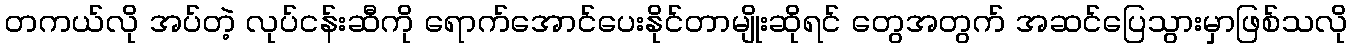
တကယ်လို အပ်တဲ့ လုပ်ငန်းဆီကို ရောက်အောင်ပေးနိုင်တာမျိုးဆိုရင် တွေအတွက် အဆင်ပြေသွားမှာဖြစ်သလို